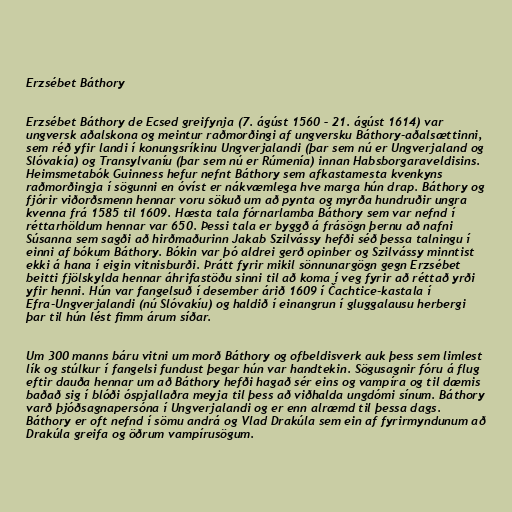
Erzsébet Báthory

Erzsébet Báthory de Ecsed greifynja (7. ágúst 1560 – 21. ágúst 1614) var
ungversk aðalskona og meintur raðmorðingi af ungversku Báthory-aðalsættinni,
sem réð yfir landi í konungsríkinu Ungverjalandi (þar sem nú er Ungverjaland og
Slóvakía) og Transylvaníu (þar sem nú er Rúmenía) innan Habsborgaraveldisins.
Heimsmetabók Guinness hefur nefnt Báthory sem afkastamesta kvenkyns
raðmorðingja í sögunni en óvíst er nákvæmlega hve marga hún drap. Báthory og
fjórir viðorðsmenn hennar voru sökuð um að pynta og myrða hundruðir ungra
kvenna frá 1585 til 1609. Hæsta tala fórnarlamba Báthory sem var nefnd í
réttarhöldum hennar var 650. Þessi tala er byggð á frásögn þernu að nafni
Súsanna sem sagði að hirðmaðurinn Jakab Szilvássy hefði séð þessa talningu í
einni af bókum Báthory. Bókin var þó aldrei gerð opinber og Szilvássy minntist
ekki á hana í eigin vitnisburði. Þrátt fyrir mikil sönnunargögn gegn Erzsébet
beitti fjölskylda hennar áhrifastöðu sinni til að koma í veg fyrir að réttað yrði
yfir henni. Hún var fangelsuð í desember árið 1609 í Čachtice-kastala í
Efra-Ungverjalandi (nú Slóvakíu) og haldið í einangrun í gluggalausu herbergi
þar til hún lést fimm árum síðar.

Um 300 manns báru vitni um morð Báthory og ofbeldisverk auk þess sem limlest
lík og stúlkur í fangelsi fundust þegar hún var handtekin. Sögusagnir fóru á flug
eftir dauða hennar um að Báthory hefði hagað sér eins og vampíra og til dæmis
baðað sig í blóði óspjallaðra meyja til þess að viðhalda ungdómi sínum. Báthory
varð þjóðsagnapersóna í Ungverjalandi og er enn alræmd til þessa dags.
Báthory er oft nefnd í sömu andrá og Vlad Drakúla sem ein af fyrirmyndunum að
Drakúla greifa og öðrum vampírusögum.